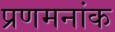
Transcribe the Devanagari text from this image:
प्रणमनांक